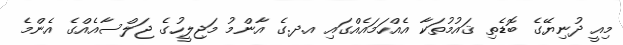
މިއީ ދުނިޔޭގެ ބޮޑެތި ޤައުމުތަކާ އެއްހަމައެއްގައި އ.ދ.ގެ އާންމު މަޖިލީހުގެ ޖަލްސާއެއްގެ އެންމެ